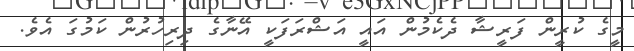
މީގެ ކުރީން ފަރީޝާ ދެކެމުން އައީ އަޝްރަފަކީ އޭނާގެ ދިރިހުރުން ކަމުގަ އެވެ.